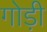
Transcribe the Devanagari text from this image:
गोड़ी